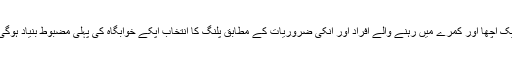
ایک اچھا اور کمرے میں رہنے والے افراد اور انکی ضروریات کے مطابق پلنگ کا انتخاب آپکے خوابگاہ کی پہلی مضبوط بنیاد ہوگی۔